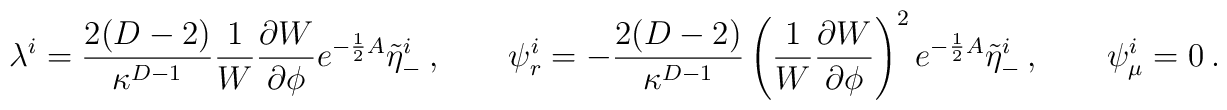
\lambda^i = {2(D-2)\over \kappa^{D-1}}{1\over W}{\partial W\over \partial\phi}e^{-{1\over2}A}\tilde \eta^i_-\ ,\qquad\psi^i_r =-{2(D-2)\over \kappa^{D-1}}\left( {1\over W}{\partial W\over \partial\phi}\right)^2e^{-{1\over2}A}\tilde\eta^i_-\ ,\qquad \psi^i_\mu=0\ .